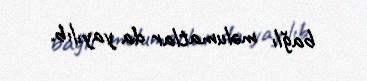
bağlı məlumatlar da yayılıb.